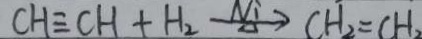
C H \equiv C H + H _ { 2 } \xrightarrow [ \Delta ] { N i } H _ { 2 } = C H _ { 2 }